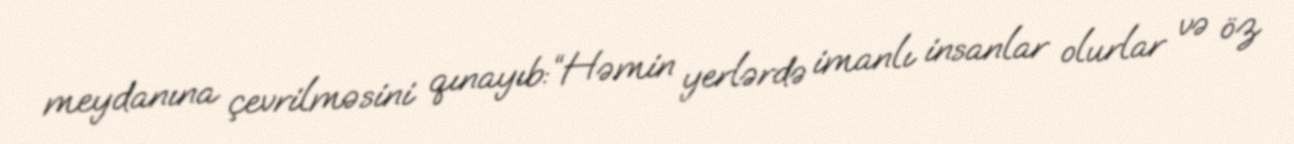
meydanına çevrilməsini qınayıb:“Həmin yerlərdə imanlı insanlar olurlar və öz